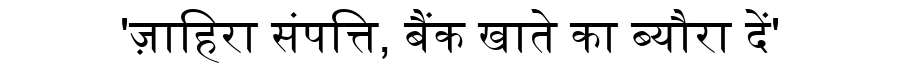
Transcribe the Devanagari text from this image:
'ज़ाहिरा संपत्ति, बैंक खाते का ब्यौरा दें'